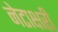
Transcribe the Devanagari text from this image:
नेटाक्षरी